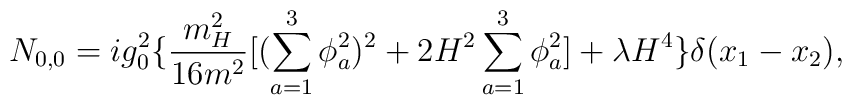
N_{0,0}=ig_0^2\{\frac{m_H^2}{16m^2}[(\sum_{a=1}^3\phi_a^2)^2+2H^2\sum_{a=1}^3\phi_a^2]+\lambda H^4\}\delta(x_1-x_2),